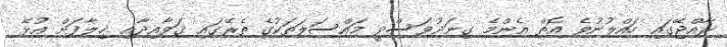
ރާއްޖޭގައި ހައްލުނުވެ އޮތް އެންމެ ގިނަދުވަސްވީ މައްސަލަތަކުގެ ތެރޭގައި ޤަވާއިދާއި ޚިލާފަށް އުޅޭ